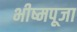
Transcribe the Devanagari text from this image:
भीष्मपूजा